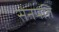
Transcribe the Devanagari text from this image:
सेनपति